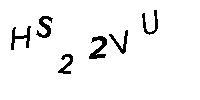
HS22VU